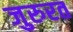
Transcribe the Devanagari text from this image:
जुरुरत